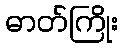
ဓာတ်ကြိုး